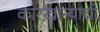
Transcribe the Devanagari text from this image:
कारख़ान्याची